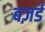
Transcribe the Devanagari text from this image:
बज़र्ड